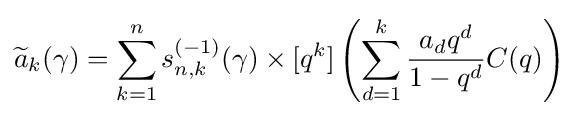
{\widetilde {a}}_{k}(\gamma )=\sum _{k=1}^{n}s_{n,k}^{(-1)}(\gamma )\times [q^{k}]\left(\sum _{d=1}^{k}{\frac {a_{d}q^{d}}{1-q^{d}}}C(q)\right)